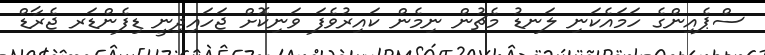
ސްޕެއިންގެ ހަމައެކަނި ލަނޑު މެޗުން ނިމެން ކައިރުވެފަ ވަނިކޮށް ޖަހައިދިނީ ޑިފެންޑަރ ޖެރާޑް